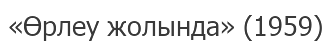
«Өрлеу жолында» (1959)